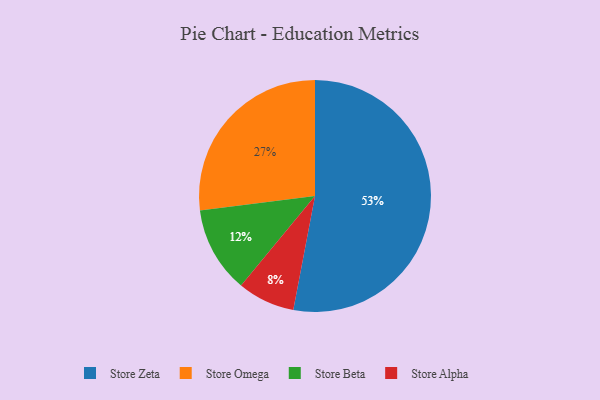
{"axis": {"x": "Category", "y": "Percentage"}, "legend": ["Store Alpha", "Store Beta", "Store Omega", "Store Zeta"], "data": [{"x": "Store Beta", "y": 12, "type": "Store Beta"}, {"x": "Store Omega", "y": 27, "type": "Store Omega"}, {"x": "Store Alpha", "y": 8, "type": "Store Alpha"}, {"x": "Store Zeta", "y": 53, "type": "Store Zeta"}]}